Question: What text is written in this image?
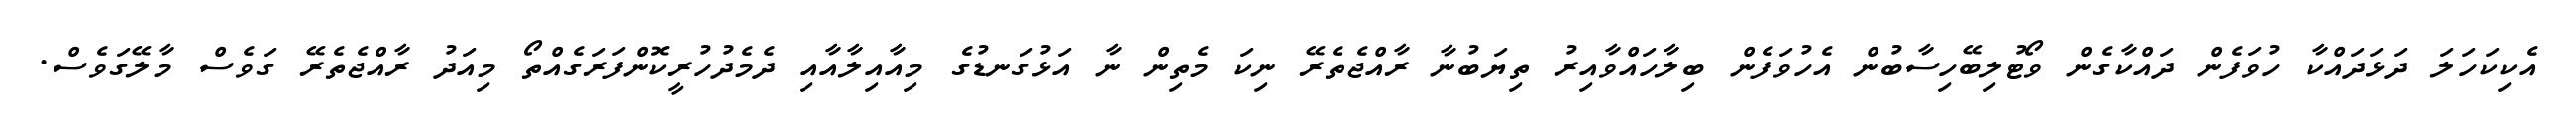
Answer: އެކިކަހަލަ ދަޅަދައްކާ ހުވަފެން ދައްކާގެން ވޯޓުލިބޭހިސާބުން އެހުވަފެން ބިލާހައްވާއިރު ތިޔަބުނާ ރާއްޖެތެރޭ ނިކަ މެތިން ނާ އަޅުގަނޑުގެ މިއާއިލާއާއި ދެމެދުހުރީކޮންފަރަގެއްތޯ މިއަދު ރާއްޖެތެރޭ ގަވެސް މާލޭގަވެސް.